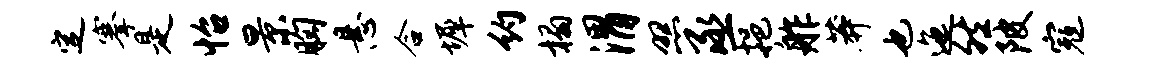
定搴是怡景胸悬合墀约榻渭照丞挹舴莽也迤然陂寇